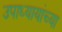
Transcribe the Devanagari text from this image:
उपाध्यायांच्या